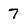
Character: 7